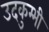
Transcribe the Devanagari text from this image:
उदकुम्भी